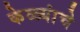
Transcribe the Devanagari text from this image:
केळ्यांचे